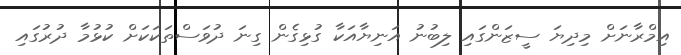
އިމްރާނަށް މިދިޔަ ސީޒަންގައި ލިބުނު އަނިޔާއަކާ ގުޅިގެން ގިނަ ދުވަސްތަކަކަށް ކުޅުމާ ދުރުގައި